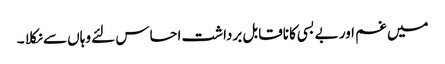
میں غم اور بے بسی کا ناقابل برداشت احساس لئے وہاں سے نکلا ۔